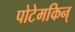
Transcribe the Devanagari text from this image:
पोटेमकिन्